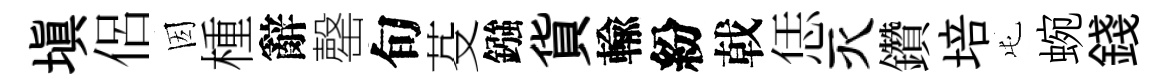
填侶因㮔辭罄旬芟鏹貨輸紛戟恁灭鑽培屯蜿錢